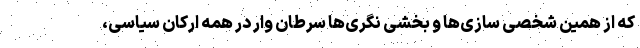
که از همین شخصی سازی‌ها و بخشی نگری‌ها سرطان وار در همه ارکان سیاسی،